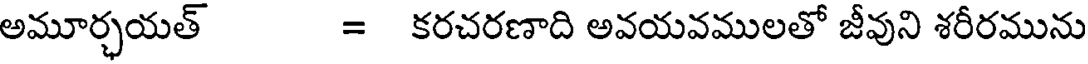
అమూర్చయత్ = కరచరణాది అవయవములతో జీవుని శరీరమును